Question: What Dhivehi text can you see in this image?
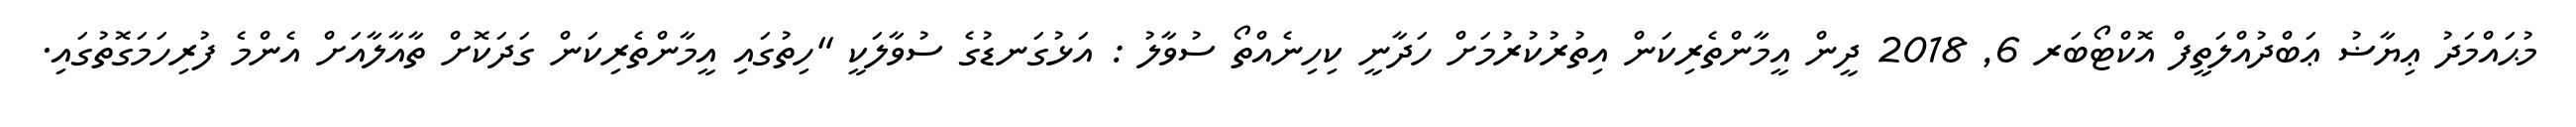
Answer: މުޙައްމަދު ޢިޔާޟު ޢަބްދުއްލަތީފް އޮކްޓޯބަރ 6, 2018 ދީން އީމާންތެރިކަން އިތުރުކުރުމަށް ހަދާނީ ކިހިނެއްތޯ ސުވާލު : އަޅުގަނޑުގެ ސުވާލަކީ "ހިތުގައި އީމާންތެރިކަން ގަދަކޮށް ތާއާލާއަށް އެންމެ ފުރިހަމަގޮތުގައި.